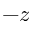
- z